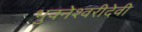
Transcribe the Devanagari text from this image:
भुवनेश्वरीदेवी